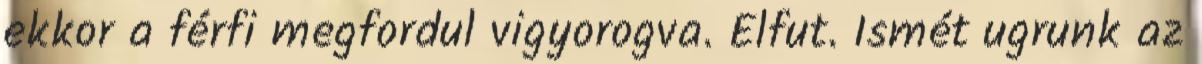
ekkor a férfi megfordul vigyorogva. Elfut. Ismét ugrunk az